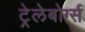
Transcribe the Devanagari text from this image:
ट्रेलेबोर्ग्स